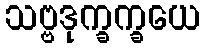
သဗ္ဗဒုက္ခက္ခယေ